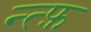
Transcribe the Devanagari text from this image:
न्त्फ़